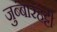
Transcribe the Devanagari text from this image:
जुब्‍बारहट्टी